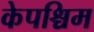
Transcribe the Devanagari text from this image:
केपश्चिम